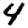
Digit: 4